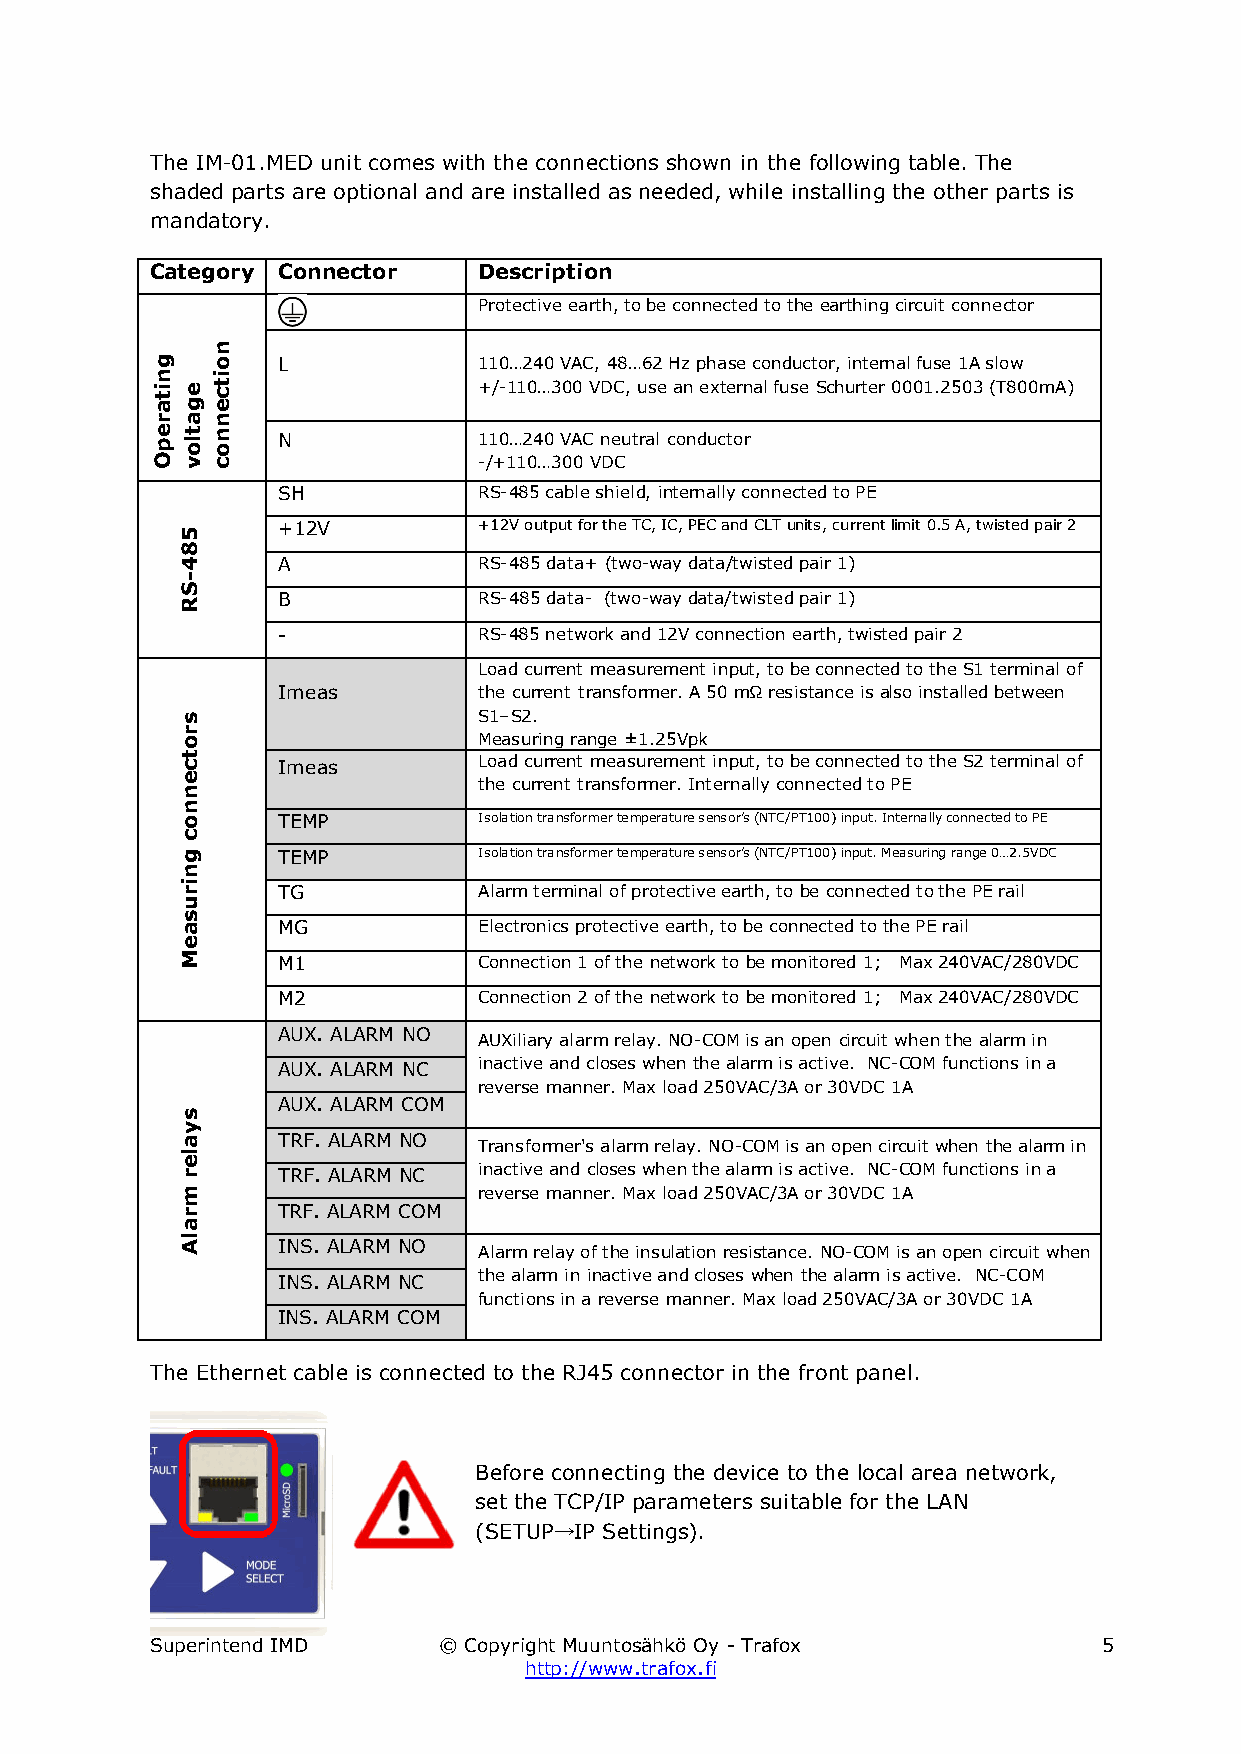
The IM-01.MED unit comes with the connections shown in the following table. The
 shaded parts are optional and are installed as needed, while installing the other parts is
 mandatory.
 Category Connector    Description
 Protective earth, to be connected to the earthing circuit connector
 L             110…240 VAC, 48…62 Hz phase conductor, internal fuse 1A slow
 +/-110…300 VDC, use an external fuse Schurter 0001.2503 (T800mA)
 N             110…240 VAC neutral conductor
 -/+110…300 VDC
 SH            RS-485 cable shield, internally connected to PE
 +12V          +12V output for the TC, IC, PEC and CLT units, current limit 0.5 A, twisted pair 2
 A             RS-485 data+ (two-way data/twisted pair 1)
 B             RS-485 data- (two-way data/twisted pair 1)
 -             RS-485 network and 12V connection earth, twisted pair 2
 Load current measurement input, to be connected to the S1 terminal of
 Imeas         the current transformer. A 50 mΩ resistance is also installed between
 S1–S2.
 Measuring range ±1.25Vpk
 Imeas         Load current measurement input, to be connected to the S2 terminal of
 the current transformer. Internally connected to PE
 TEMP          Isolation transformer temperature sensor’s (NTC/PT100) input. Internally connected to PE
 TEMP          Isolation transformer temperature sensor’s (NTC/PT100) input. Measuring range 0…2.5VDC
 TG            Alarm terminal of protective earth, to be connected to the PE rail
 MG            Electronics protective earth, to be connected to the PE rail
 M1            Connection 1 of the network to be monitored 1; Max 240VAC/280VDC
 M2            Connection 2 of the network to be monitored 1; Max 240VAC/280VDC
 AUX. ALARM NO
 AUXiliary alarm relay. NO-COM is an open circuit when the alarm in
 AUX. ALARM NC inactive and closes when the alarm is active. NC-COM functions in a
 reverse manner. Max load 250VAC/3A or 30VDC 1A
 AUX. ALARM COM
 TRF. ALARM NO
 Transformer's alarm relay. NO-COM is an open circuit when the alarm in
 TRF. ALARM NC inactive and closes when the alarm is active. NC-COM functions in a
 reverse manner. Max load 250VAC/3A or 30VDC 1A
 TRF. ALARM COM
 INS. ALARM NO
 Alarm relay of the insulation resistance. NO-COM is an open circuit when
 INS. ALARM NC the alarm in inactive and closes when the alarm is active. NC-COM
 functions in a reverse manner. Max load 250VAC/3A or 30VDC 1A
 INS. ALARM COM
 The Ethernet cable is connected to the RJ45 connector in the front panel.
 Before connecting the device to the local area network,
 set the TCP/IP parameters suitable for the LAN
 (SETUP→IP Settings).
 Superintend IMD    © Copyright Muuntosähkö Oy - Trafox         5
 http://www.trafox.fi
 gnitarepO
 egatlov
 584-SR
 srotcennoc
 gnirusaeM
 syaler
 mralA
 noitcennoc